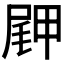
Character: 𪨖